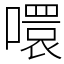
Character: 噮